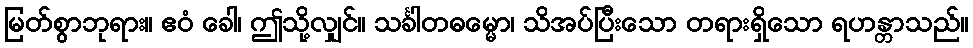
မြတ်စွာဘုရား။ ဧဝံ ခေါ၊ ဤသို့လျှင်။ သင်္ခါတဓမ္မော၊ သိအပ်ပြီးသော တရားရှိသော ရဟန္တာသည်။